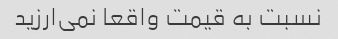
نسبت به قیمت واقعا نمی‌ارزید